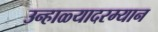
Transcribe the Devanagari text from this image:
उन्हाळ्यादरम्यान